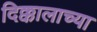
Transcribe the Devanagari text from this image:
दिक्कालाच्या